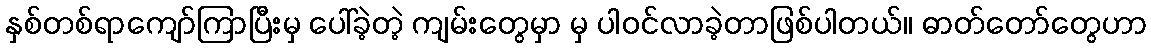
နှစ်တစ်ရာကျော်ကြာပြီးမှ ပေါ်ခဲ့တဲ့ ကျမ်းတွေမှာ မှ ပါဝင်လာခဲ့တာဖြစ်ပါတယ်။ ဓာတ်တော်တွေဟာ